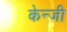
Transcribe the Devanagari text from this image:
केन्जी